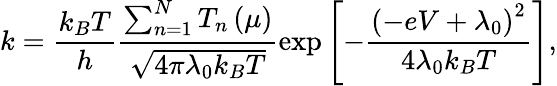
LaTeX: k=\frac{k_{B}T}{h}\frac{\sum_{n=1}^{N}T_{n}\left(\mu\right)}{\sqrt{4\pi\lambda_{0}k_{B}T}}\exp\left[-\frac{\left(-eV+\lambda_{0}\right)^{2}}{4\lambda_{0}k_{B}T}\right],